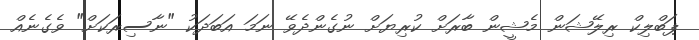
ޕަބްލިކް ރިލޭޝަން މެޝީން ބާރަށް ކުރިޔަށް ނުގެންދެވޭ ނަމަ އަބަދަކު "ނާސިރަކަށް" ވެގެނެއް